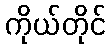
ကိုယ်တိုင်